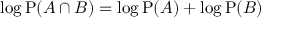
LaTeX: \log \mathrm { P } ( A \cap B ) = \log \mathrm { P } ( A ) + \log \mathrm { P } ( B )